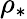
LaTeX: \rho_{*}